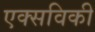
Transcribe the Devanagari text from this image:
एक्सविकी